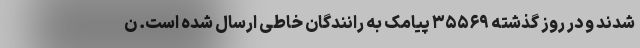
شدند و در روز گذشته ۳۵۵۶۹ پیامک به رانندگان خاطی ارسال شده است. ن